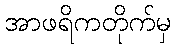
အာဖရိကတိုက်မှ